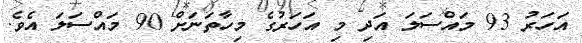
އަހަރު 93 މައްސަލަ އަދި މި އަހަރުގެ މިހާތަނަށް 90 މައްސަލަ އެވެ.